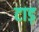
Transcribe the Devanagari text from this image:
टाड़